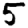
Digit: 5